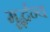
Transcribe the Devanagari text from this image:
मूर्द्धन्य